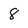
Character: 8